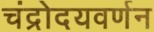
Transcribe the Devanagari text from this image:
चंद्रोदयवर्णन